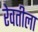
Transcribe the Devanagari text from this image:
रेवतीला